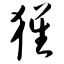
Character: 猩